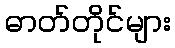
ဓာတ်တိုင်များ